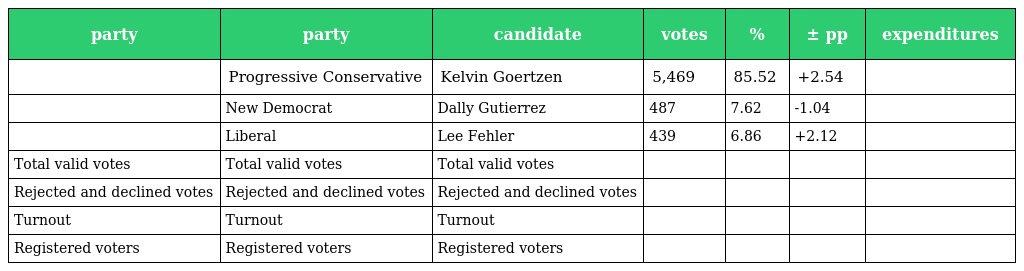
| party | party | candidate | votes | % | ± pp | expenditures |
 | --- | --- | --- | --- | --- | --- | --- |
 |  | Progressive Conservative | Kelvin Goertzen | 5,469 | 85.52 | +2.54 |  |
 |  | New Democrat | Dally Gutierrez | 487 | 7.62 | -1.04 |  |
 |  | Liberal | Lee Fehler | 439 | 6.86 | +2.12 |  |
 | Total valid votes | Total valid votes | Total valid votes |  |  |  |  |
 | Rejected and declined votes | Rejected and declined votes | Rejected and declined votes |  |  |  |  |
 | Turnout | Turnout | Turnout |  |  |  |  |
 | Registered voters | Registered voters | Registered voters |  |  |  |  |